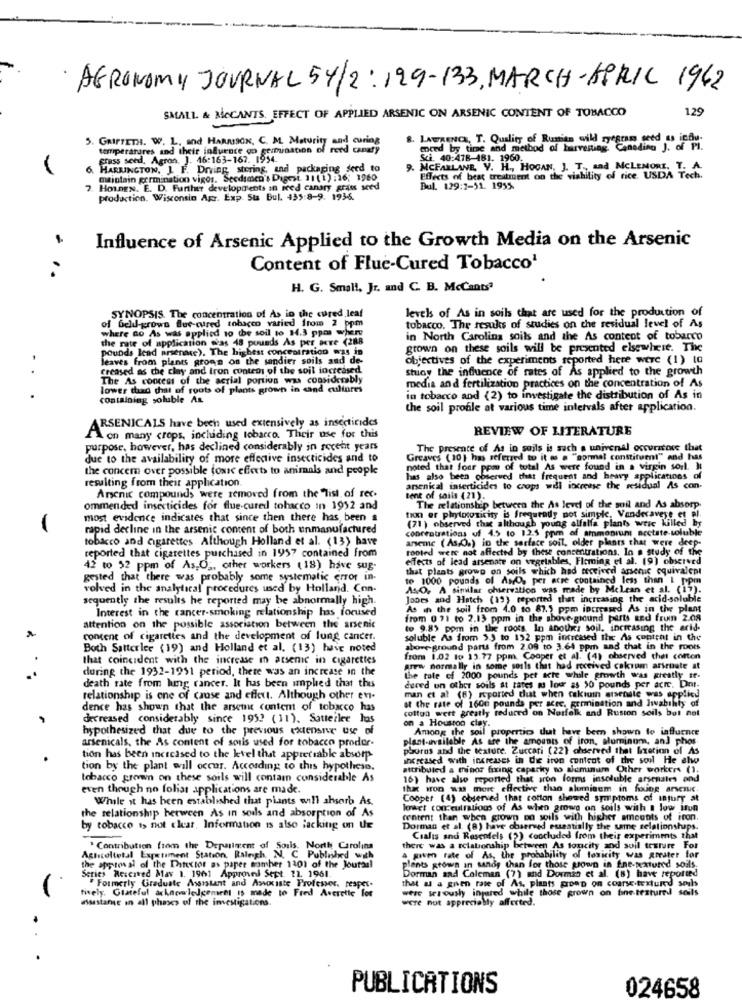
AGRONOMY JOURNAL 54/2:129-13, MARCH-APRIL 1962
129
SMALL & MOCANTS. EFFECT OF APPLIED ARSENIC ON ARSENIC CONTENT OF TOBACCO
8. LAWRENCE, T. Quality of Rumitn wild ryegram seed us indu
5. GRIPPETO. W. L. and HARRISON, C. M. Maturit and curing
temperatures and their influence oo germination of reed canary
crass seed. Agron. J. 46:163-167. 1954.
Sci. 40:478-481. 1960.
HARRINGTON. J. F. Driving storing and packaging seed to
9. MCFARLANE, V. H ., HOGAN, J. T ., and MCLEMORE, T. A.
maintain germination vigo1. Seedsmen's Digest 11 (1) : 16, 1960
Effects of best treatment on the viability of rice. USDA Tech.
HOLDEN. E. D. Further developments in reed canary grass seed
Bul. 129:1-51. 1955.
production, Wisconsin Apr. Exp. Su Bul. 435:8-9. 1936.
Influence of Arsenic Applied to the Growth Media on the Arsenic
Content of Fluc-Cured Tobacco'
H. G. Small, Jr. and C. B. McCants?
levels of As in soils that are used for the production of
of feld-grown Blue-cured tobacco varied from 2 ppm
SYNOPSIS. The concentration of As in the cured leaf
o As was applied to the soil to 14.3 ppm where
tobacco. The results of studies on the residual level of As
the rate of application was 48 pounds As per aTe (288
in North Carolina soils and the As content of tobacco
pounds lead arsenace). The highest concentration was in
grown on these soils will be presented elsewhere. The
leaves from plants grona on the sandier soils and de-
objectives of the experiments reported here were (1) 10
creased as the clay and Iron control of the soil increased
Stay the influence of rates of As applied to the growth
..
The As content of the aerial portion was considerably
lower tud chat of roots of plants grown in cand cultures
media and fertilization practices on the concentration of As
containing soluble AL
in tobacco and (2) to investigate the distribution of As in
the soil profile at various time intervals after application.
ARSENICALS have been used extensively as insecticides
REVIEW OF LITERATURE
" on many crops, including tobarco. Their use for this
purpose, however, has declined considerably in recent years
The presente of As in soils is such a univenel occurrence that
due to the availability of more effective insecticides and to
Greaves (10 ) has referred to it ms a "normal constituent" and has
the concern over possible toxic effects to animals and people
noted that four pom of total As were found in a virgin soil. It
resulting from their application.
has also been observed that frequent and heavy applications of
arsenical inserticides to crops will increase the residual As con-
Arsenic compounds were removed from the list of rec.
tent of soils (21).
The relationship between the As level of the soil and As absorp.
ommended insecticides for flue-cured tobacco in 1952 and
most evidence indicates that since then there has been a
tion er phytoconicity is frequrady not simple, Vandecavese et al.
-
rapid decline in the arsenic content of both unmanufactured
concentrations of 4.5 to 12.5 ppm of ammonium acctate-soluble
(71 ) observed that although young alfalfa plants weic killed by
tobacco and cigarettes Although Holland et al. (13) have
anseme ( As O.) in the serface soil, older plants that were deep-
rooted were not affected by these concentrations. In a study of the
reported that cigarettes purchased in 1957 contained from
effects of lead arsenate on vegetables, Fleming et al. (9) observed
42 to 52 ppm of As,O ,, other workers (18) have sug.
that plants growo on soils which had received arsenic equivalept
gested that there was probably some systematic error in-
to 1000 pounds of Ass per acre contained less than 1 ppm
volved in the analytical procedures used by Holland. Con-
As.O. A simular observation was made by Mclean et al. (17).
sequently the results he reported may be abnormally high.
Jones and Hatch (19) reported that increasing the acid-soluble
Interest in the cancer-smoking relationship has focused
As in the soil from 4.0 to 87.5 ppm increased As in the plant
from 0 71 to 2.13 ppm in the above ground parts and frum 2.08
attention on the possible association between the arsenic
to 9.85 ppm in the roots In anoUks soil. increasing the arid-
content of cigarettes and the development of lung cancer.
soluble As from 3.3 to 132 ppm increased the As contrat in the
Both Satterlee (19) and Holland et al. (13) have noted
above ground parts from 2.09 to 3.64 ppm and that in the roots
that coincident with the increase in atseme in cigarettes
from 1.02 to 13.77 ppm. Cooper et al. (4) observed that cotton
during the 1932-1951 period, there was an increase in the
grew normally in some souls that had received cakrum arsruote at
the tale of 2000 pounds per acre while growth was greatly tr.
death rate from hing rancer. It has been umphed that this
dured on other soils st tares as low as $0 pounds per acre. Dint-
man et al (6) reported that when cakiuin arsenale was applied
relationship is ene of cause and effect. Although other en-
at the rate of 1600 pounds per acec. germination and Iwabihly of
dence has shown that the arsen contem of tobacco has
cotton wert greatly reduced on Norfolk and Ruston soils but not
decreased considerably since 195? (11). Satteiler has
on a Houston clay.
hypothesized that due to the previous extensive use of
Among the soil properties tut have been shown to influence
arsenicals, the As content of souis used for tobacco prodor-
plant-available As are the amounts of iron, aluminum, and phos
phoras and the texture. Zuccari (22) observed that Ixetion of As
tion has been increased to the level that appreciable absorp
increased with increases in the iton content of the soul He cho
tion by the plant will occur. According to this hypothesn.
attributed a minor fixing caparky to aluminum Other workers (1.
tobacco grown on these soils will contam considerable As
16) have also reported that aron forms insoluble arsenales end
even though no foliar applications are made.
thx won was more effective than alumisem in fixing arsenuc
While it has been established that plants will absorb As.
Cooper (4) observed that cotton showed symptoms of Injury at
loraet con culrations of As when grows on soils with @ low iron
the relationship herween As in soils and absorption of As
tentent than when grown on soils with higher amounts of iron.
by tobacco is not clear, Information is also lacking on Ue
Dorman et al. (B) have observed essentially the same relationships.
Cialis and Rosenfels (2) concluded from their experiments that
" Contribution from the Department of Souls. North Carolina
there was a relationship between As toncity zod soil texture For
Agricoltotal Experiment Station. Raleigh, N. C. Published with
given rate of As, the probability of toxicity was greater for
the approval of the Phtector as paper mamher 1301 of the Journal
Dorman and Coleman (7) and Dormis et al. (8) have reported
plants stown in sandy than for those grown in fine-textured soils.
Series Reserved Max 1. 1961 Approved Sept 11. 1961
" Formerly Graduate Assistant and Asvoxiste Professor, respec-
that u a gnen rate of As, plaats groep on coarse texture'd souls
tively. Grateful acknowledgement is made to Fred Averette for
were seriously inpared while those grown on fine-textured soils
essastare in all phases of the investigations
were not appreciobly affected.
PUBLICATIONS
024658